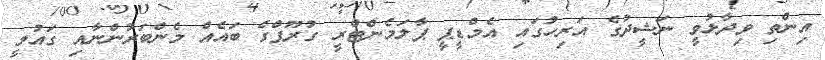
އިންތި ވިދާޅުވީ ނަޝީދުގެ އަރިހުގައި އެމްޑީޕީ ޕާލަމެންޓްރީ ގުރޫޕްގެ ބައެއް މެންބަރުންނާއި ގައުމީ